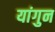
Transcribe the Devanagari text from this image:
यांगुन